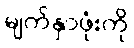
မျက်နှာဖုံးကို